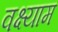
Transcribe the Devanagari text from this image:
वक्ष्याम